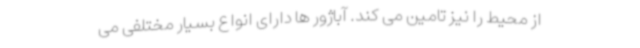
از محیط را نیز تامین می کند. آباژور ها دارای انواع بسیار مختلفی می